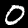
Label: 0